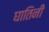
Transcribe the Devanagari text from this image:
घातिनी